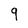
Character: 9